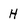
Character: H